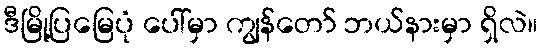
ဒီမြို့ပြမြေပုံ ပေါ်မှာ ကျွန်တော် ဘယ်နားမှာ ရှိလဲ။